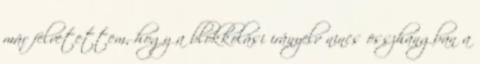
már felvetettem, hogy a blokkolási irányelv nincs összhangban a